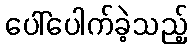
ပေါ်ပေါက်ခဲ့သည့်